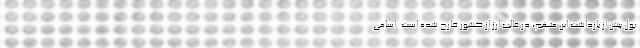
پول پیش از بازداشت این متهم، در قالب ارز از کشور خارج شده است. اسامی